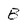
Character: B